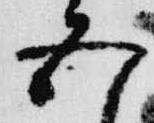
五